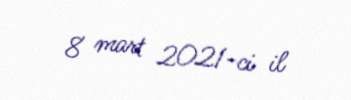
8 mart 2021-ci il